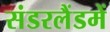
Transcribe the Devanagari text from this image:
संडरलैंडमें